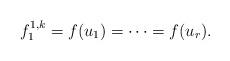
LaTeX: \begin{align*}f_1^{1,k} = f(u_1) = \cdots = f(u_r).\end{align*}